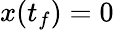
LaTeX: x(t_{f})=0